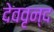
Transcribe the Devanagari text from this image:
देववृन्द